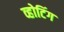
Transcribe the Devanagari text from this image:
व्होटिंग